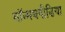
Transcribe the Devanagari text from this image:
मॉन्मथपीडिया